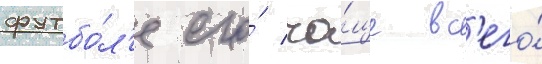
футбо́л'е его́ ча́ще вс'его́